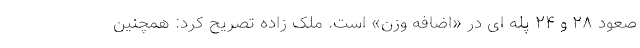
صعود ۲۸ و ۲۴ پله ای در «اضافه وزن» است. ملک زاده تصریح کرد: همچنین